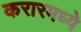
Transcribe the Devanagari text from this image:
करारमध्ये